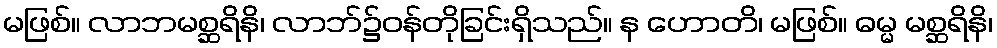
မဖြစ်။ လာဘမစ္ဆရိနိ၊ လာဘ်၌ဝန်တိုခြင်းရှိသည်။ န ဟောတိ၊ မဖြစ်။ ဓမ္မ မစ္ဆရိနိ၊